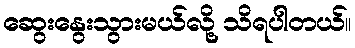
ဆွေးနွေးသွားမယ်လို့ သိရပါတယ်။